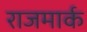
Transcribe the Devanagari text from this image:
राजमार्क